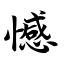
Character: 憾